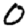
Digit: 0